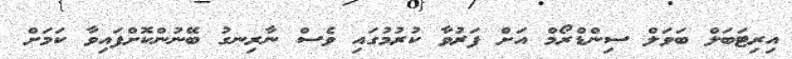
އިރިޓަބަލް ބަވަލް ސިންޑްރޯމް އަށް ފަރުވާ ކުރުމުގައި ވެސް ނާރިނގު ބޭނުންކޮށްފައިވާ ކަމަށް